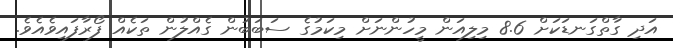
އަދި ގާތްގަނޑަކަށް 8.6 މިލިއަން މީހުންނަށް މިކަމުގެ ސަބަބުން ގެއްލުން ތަކެއް ފޯރާފައިވެއެވެ.